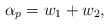
\begin{align*}\alpha_p={w_1}+{w_2},\end{align*}